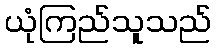
ယုံကြည်သူသည်